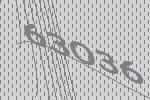
63036